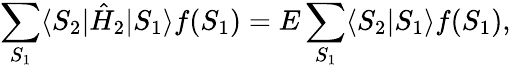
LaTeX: \sum_{S_{1}}\langle S_{2}|\hat{H}_{2}|S_{1}\rangle f(S_{1})=E\sum_{S_{1}}\langle S_{2}|S_{1}\rangle f(S_{1}),